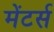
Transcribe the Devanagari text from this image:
मेंटर्स